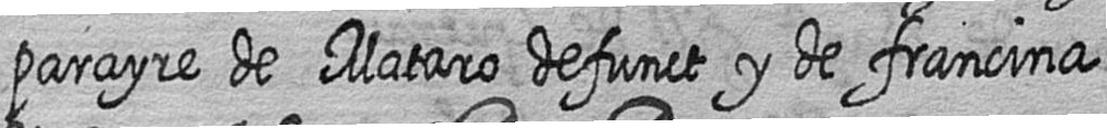
parayre de Mataro defunct y de francina